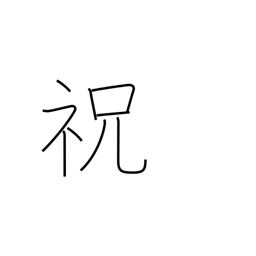
Meaning: celebrate